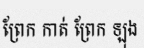
ព្រែក កាត់ ព្រែក ឡុង